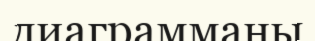
диаграмманы